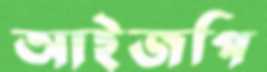
আইজপি